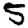
Digit: 5